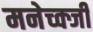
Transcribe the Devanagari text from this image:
मनेच्क्जी